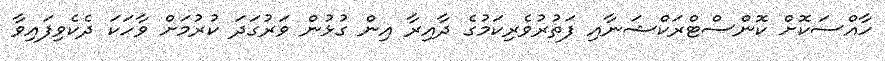
ހާއްސަކޮށް ކޮންސްޓްރަކްޝަނާއި ފަތުރުވެރިކަމުގެ ދާއިރާ އިން ގުޅުން ވަރުގަދަ ކުރުމަށް ވާހަކަ ދެކެވިފައިވާ